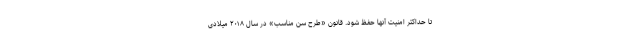
تا حداکثر امنیت آنها حفظ شود. قانون «طرح سن مناسب» در سال ۲۰۱۸ میلادی